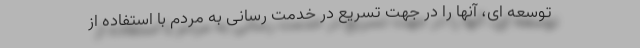
توسعه ای، آنها را در جهت تسریع در خدمت رسانی به مردم با استفاده از